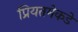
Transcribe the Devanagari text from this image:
प्रियतमेकडे